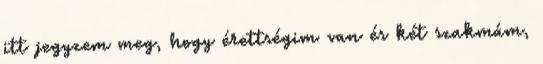
itt jegyzem meg, hogy érettségim van és két szakmám,